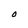
Character: O